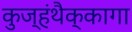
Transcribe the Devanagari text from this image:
कुज्हंथैक्कागा